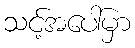
သင့်အပေါ်မှာ